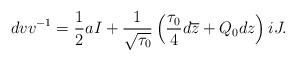
LaTeX: \begin{align*}dvv^{-1}=\frac{1}{2}aI+\frac{1}{\sqrt{\tau_0}}\left(\frac{\tau_0}{4}d\overline{z}+Q_0dz\right)iJ.\end{align*}